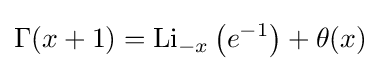
\Gamma (x+1)=\operatorname {Li} _{-x}\left(e^{-1}\right)+\theta (x)